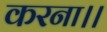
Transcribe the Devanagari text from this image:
करना।।